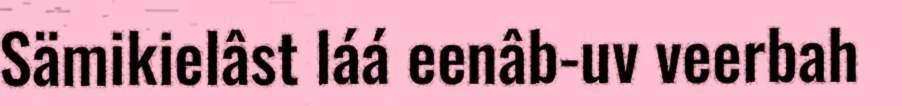
Sämikielâst láá eenâb-uv veerbah